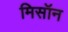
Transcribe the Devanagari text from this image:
मिसॉन